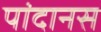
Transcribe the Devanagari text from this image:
पांदानस